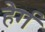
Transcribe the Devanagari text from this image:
हेर्ग